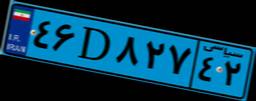
۴۶D۸۲۷۴۲